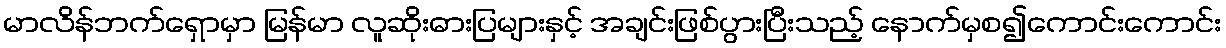
မာလိန်ဘက်ရှောမှာ မြန်မာ လူဆိုးဓားပြများနှင့် အချင်းဖြစ်ပွားပြီးသည့် နောက်မှစ၍ကောင်းကောင်း